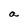
Character: a